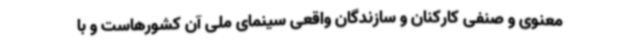
معنوی و صنفی کارکنان و سازندگان واقعی سینمای ملی آن کشورهاست و با